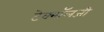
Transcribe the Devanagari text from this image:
टेक्‍नॉलजी